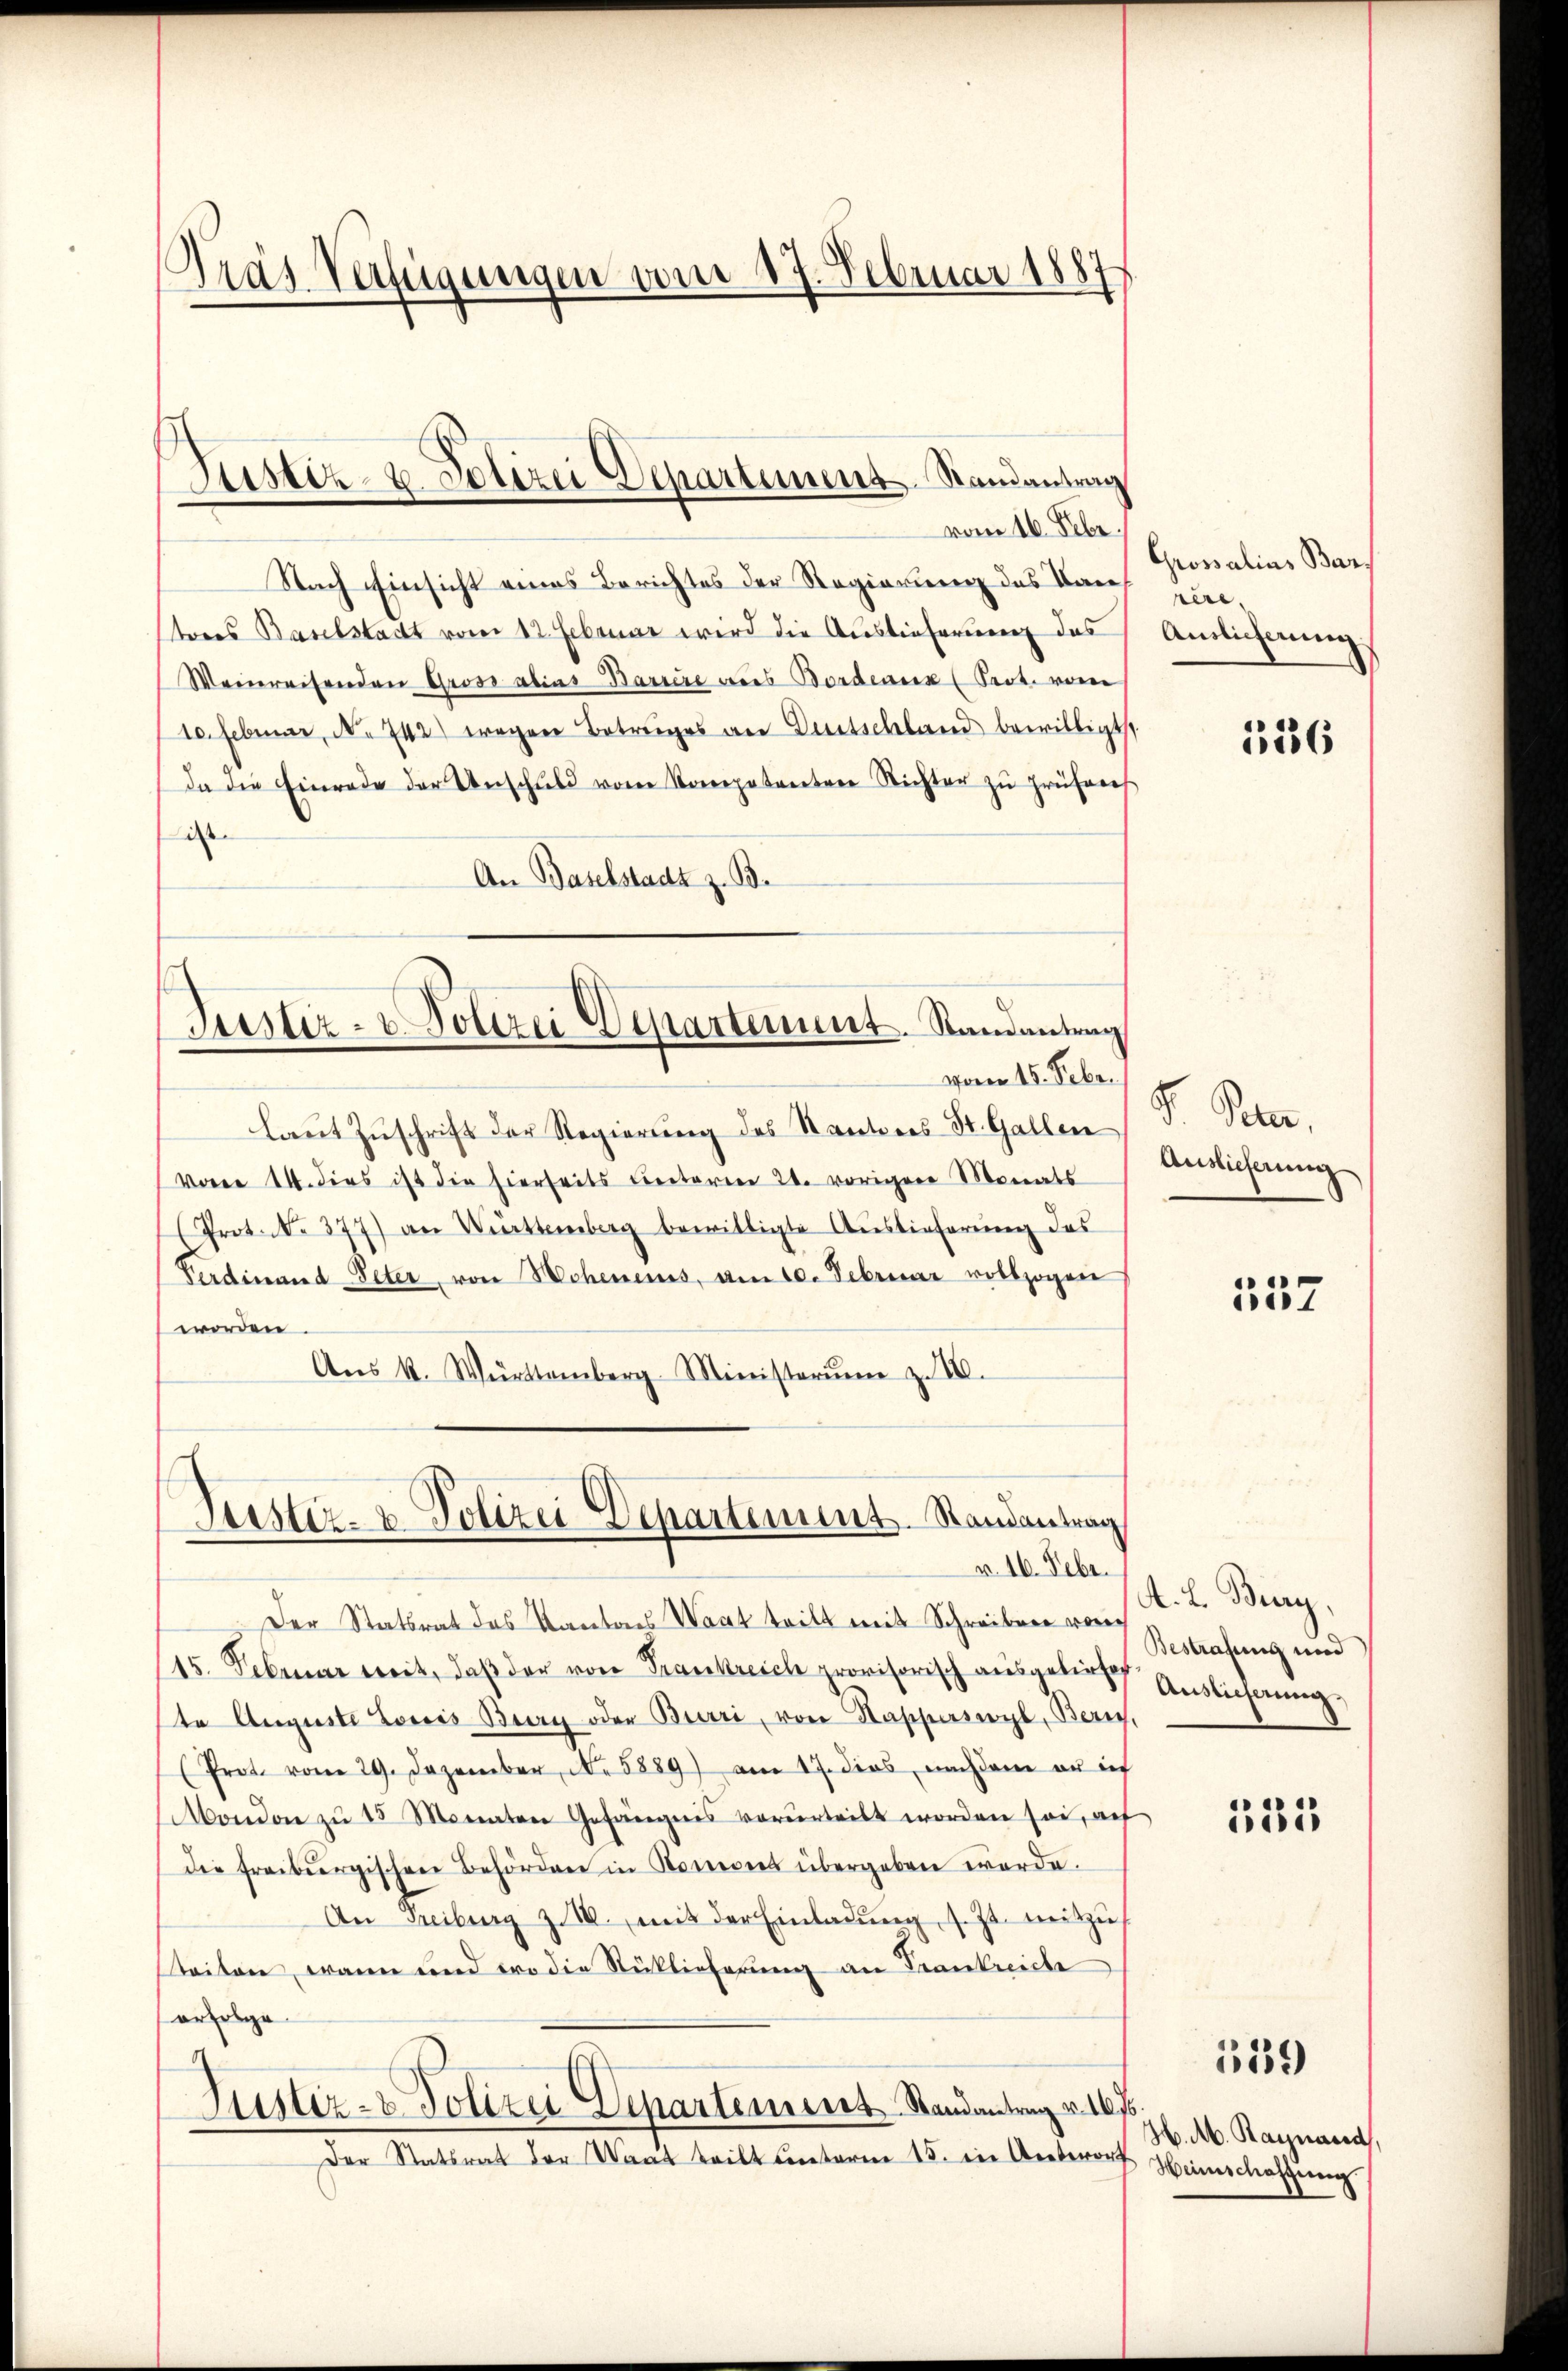
Präs. Verfügungen vom 17. Februar 1887

vom 16. Febr.
Nach Einsicht eines Berichtes der Regierung des Kantores Baselstadt vom 12. Februar wird die Auslieferung des
Weinreisenden Gross alias Barrire aus Bordenen (Pact. von
10. Februar, No 742) wegen Betruges an Deutschland bewilligt.
da die Einrade der Anschuld vom Kompetenten Richter zu prüferes
i
An Baselstadt z. B.

Justiz- u. Polizei Departement Ramantrag

Justiz- & Polizei Departement. Randantrag
vom 18. Febr.

Justiz- & Polizei Departement. Randantrag
v. 16. Febr.

laut Zuschrift der Regierung des Stantiers St. Gallen
voren 14. dies ist die hierseits Cretarien 24. vorigen Monats
Prot. No. 377) an Württemberg bewilligte Auslieferung des
Ferdinand Peter von Hohenenes, am 10. Februar vollzogen
worden.
Aŭs K. Württemberg Ministerŭm z. 18.

Grossalias Bars
rère,
Auslieferung.

Der Statsrat das Kantons Waat teilt mit Schreiben von
15. Februar weit, daß der von Frankreich provisorisch ausgeliefete Auguste Loris Beery oder Burri, von Stapperswyl, Berry,
(Prot. vom 29. Dezember, No. 5889) am 17. dies nachdem er ich
Mondon zŭ 13 Monaten Gefängnis verurteilt worden sei, auf
die freiburgischen Behördere in Romones übergeben werde.
An Freiburg z. B. mit der Einladŭng, s. Zt. mitzŭ
teiten, wann und wo die Rücklicherung an Frankreiche
erfolge
O
Justiz- & Polizei Departement Randantrag v. 1616
Der Statsrat der Waat teilt unterm 15. die Unterort Heimschaffung

136

V. Peter.
Auslieferung

557

A. L. Biery,
Bestrafung und
Auslieferung

133

559

H. Ab. Raynacid,